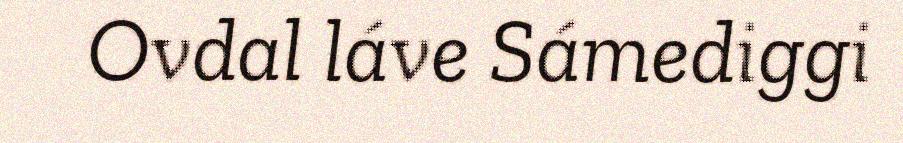
Ovdal láve Sámediggi